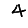
Digit: 4